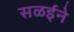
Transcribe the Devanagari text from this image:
सळईने